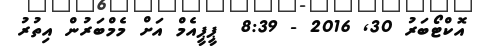
އޮކްޓޯބަރު 30